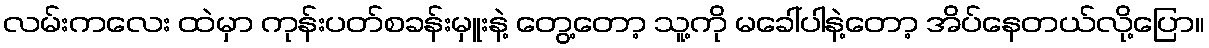
လမ်းကလေး ထဲမှာ ကုန်းပတ်စခန်းမှူးနဲ့ တွေ့တော့ သူ့ကို မခေါ်ပါနဲ့တော့ အိပ်နေတယ်လို့ပြော။